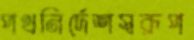
পথনির্দেশস্বরূপ